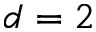
d = 2